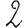
Digit: 2